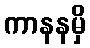
ကာနနမှိ